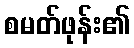
စမတ်ဖုန်း၏